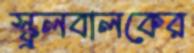
স্কুলবালকের